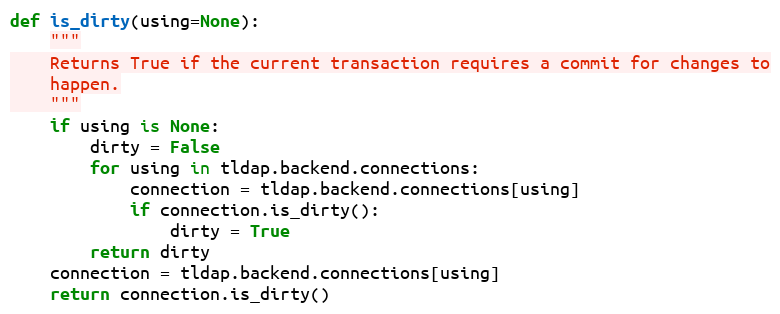
Language: Python
def is_dirty(using=None):
    """
    Returns True if the current transaction requires a commit for changes to
    happen.
    """
    if using is None:
        dirty = False
        for using in tldap.backend.connections:
            connection = tldap.backend.connections[using]
            if connection.is_dirty():
                dirty = True
        return dirty
    connection = tldap.backend.connections[using]
    return connection.is_dirty()